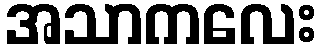
အသာကလေး